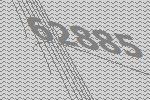
62885